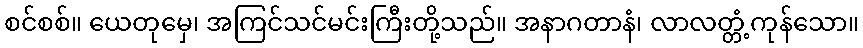
စင်စစ်။ ယေတုမှေ၊ အကြင်သင်မင်းကြီးတို့သည်။ အနာဂတာနံ၊ လာလတ္တံ့ကုန်သော။